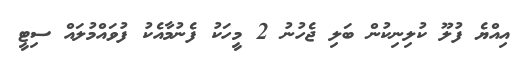
އިއްޔެ ފުލޫ ކުލިނިކުން ބަލި ޖެހުނު 2 މީހަކު ފެނުމާއެކު ފުވައްމުލައް ސިޓީ